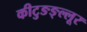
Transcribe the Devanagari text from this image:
कीटुङङ्ल्लूर